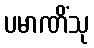
ပမာဏိံသု